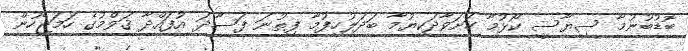
ބޮޑުބުނުމާ ސިޔާސީ ކޯޅުމާ ހަށަވާދަކިޔުމާ ބަދަލުހިފުމާ ފިތުނަ ފަސާދަ އުފައްދާ ޤަވްމުގެ ހަމަޖެހުން